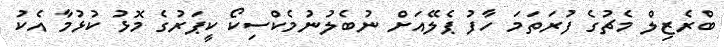
ބްރެޒިލް މެޗުގެ ފުރަތަމަ ހާފު ޕެލޭއަށް ނުބެލުނުމެކްސިކޯ ކީޕަރުގެ މޮޅު ކުޅުމާ އެކު